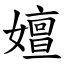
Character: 嬗